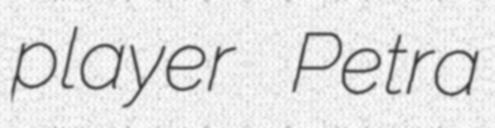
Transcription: player Petra